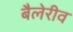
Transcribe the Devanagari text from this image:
बैलेरीव